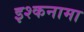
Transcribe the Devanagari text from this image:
इश्कनामा